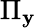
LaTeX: \Pi_{\mathbf{y}}